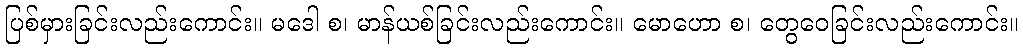
ပြစ်မှားခြင်းလည်းကောင်း။ မဒေါ စ၊ မာန်ယစ်ခြင်းလည်းကောင်း။ မောဟော စ၊ တွေဝေခြင်းလည်းကောင်း။